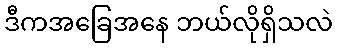
ဒီကအခြေအနေ ဘယ်လိုရှိသလဲ